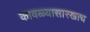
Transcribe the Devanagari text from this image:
कावळ्यासारखाच